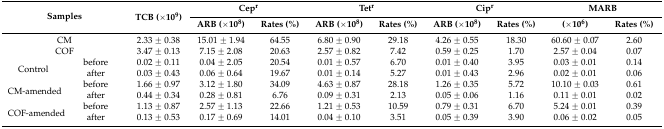
| <ROWSPAN=2-COLSPAN=2> Samples | <ROWSPAN=2> TCB (×109) | <COLSPAN=2> Cepr | <COLSPAN=2> Tetr | <COLSPAN=2> Cipr | <COLSPAN=2> MARB |
 | ARB (×108) | Rates (%) | ARB (×108) | Rates (%) | ARB (×108) | Rates (%) | (×106) | Rates (%) |
 | --- | --- | --- | --- | --- | --- | --- | --- | --- | --- | --- |
 | <COLSPAN=2> CM | 2.33 ± 0.38 | 15.01 ± 1.94 | 64.55 | 6.80 ± 0.90 | 29.18 | 4.26 ± 0.55 | 18.30 | 60.60 ± 0.07 | 2.60 |
 | <COLSPAN=2> COF | 3.47 ± 0.13 | 7.15 ± 2.08 | 20.63 | 2.57 ± 0.82 | 7.42 | 0.59 ± 0.25 | 1.70 | 2.57 ± 0.04 | 0.07 |
 | <ROWSPAN=2> Control | before | 0.02 ± 0.11 | 0.04 ± 2.05 | 20.54 | 0.01 ± 0.57 | 6.70 | 0.01 ± 0.40 | 3.95 | 0.03 ± 0.01 | 0.14 |
 | after | 0.03 ± 0.43 | 0.06 ± 0.64 | 19.67 | 0.01 ± 0.14 | 5.27 | 0.01 ± 0.43 | 2.96 | 0.02 ± 0.01 | 0.06 |
 | <ROWSPAN=2> CM-amended | before | 1.66 ± 0.97 | 3.12 ± 1.80 | 34.09 | 4.63 ± 0.87 | 28.18 | 1.26 ± 0.35 | 5.72 | 10.10 ± 0.03 | 0.61 |
 | after | 0.44 ± 0.34 | 0.28 ± 0.81 | 6.76 | 0.09 ± 0.31 | 2.13 | 0.05 ± 0.06 | 1.16 | 0.11 ± 0.01 | 0.02 |
 | <ROWSPAN=2> COF-amended | before | 1.13 ± 0.87 | 2.57 ± 1.13 | 22.66 | 1.21 ± 0.53 | 10.59 | 0.79 ± 0.31 | 6.70 | 5.24 ± 0.01 | 0.39 |
 | after | 0.13 ± 0.53 | 0.17 ± 0.69 | 14.01 | 0.04 ± 0.10 | 3.51 | 0.05 ± 0.39 | 3.90 | 0.06 ± 0.02 | 0.05 |